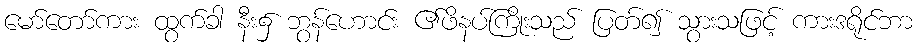
မော်တော်ကား ထွက်ခါ နီး၌ ဘွန်ဟောင်း ၏ဖိနပ်ကြိုးသည် ပြတ်၍ သွားသဖြင့် ကားဒရိုင်ဘာ